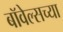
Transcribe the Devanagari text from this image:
बॉवेल्सच्या